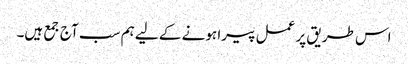
اس طریق پر عمل پیرا ہونے کے لیے ہم سب آج جمع ہیں۔